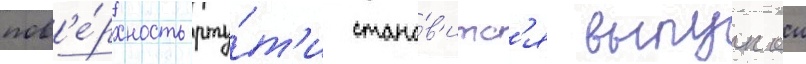
пов'е́рхность рту́т'и стано́в'итс'я выпуклои